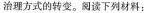
治理方式的转变。阅读下列材料：